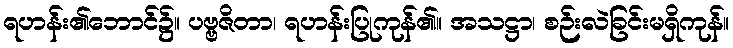
ရဟန်း၏ဘောင်၌။ ပဗ္ဗဇိတာ၊ ရဟန်းပြုကုန်၏။ အသဋ္ဌာ၊ စဉ်းလဲခြင်းမရှိကုန်။